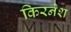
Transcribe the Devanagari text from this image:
किरनेश